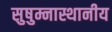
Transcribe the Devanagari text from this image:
सुषुम्नास्थानीय